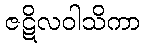
ဇဋိလဝါသိကာ